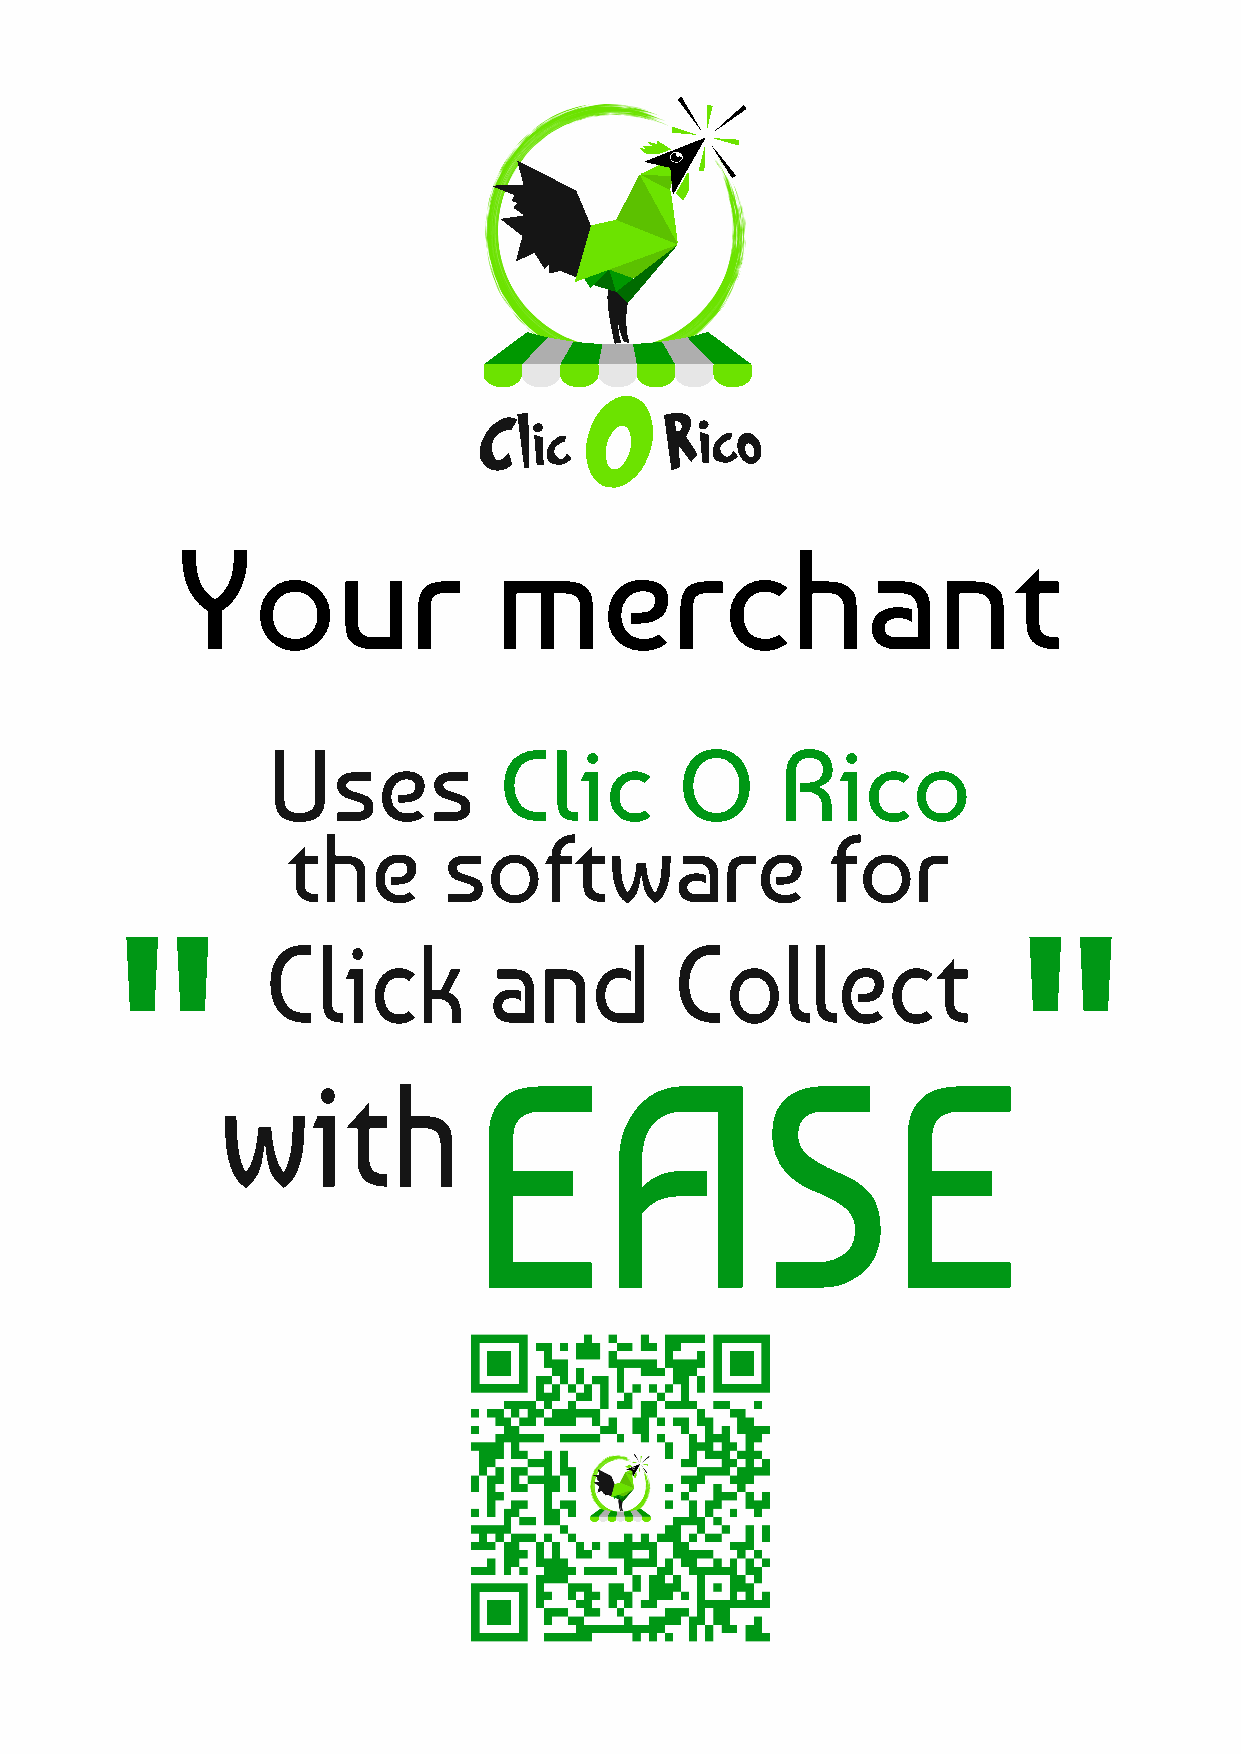
O
 Clic        Rico
 Your                 merchant
 Uses           Clic        O      Rico
 the       software                  for
 "                                                          "
 Click          and          Collect
 with            EASE